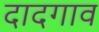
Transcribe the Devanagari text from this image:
दादगाव